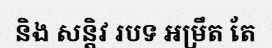
និង សន្តិវ របទ អម្រឹត តែ